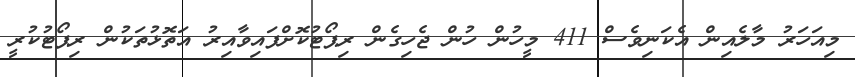
މިއަހަރު މާލެއިން އެކަނިވެސް 411 މީހުން ހުން ޖެހިގެން ރިޕޯޓުކޮށްފައިވާއިރު އަތޮޅުތަކުން ރިޕޯޓުކުރީ